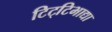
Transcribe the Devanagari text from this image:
टिट्‌टिभाद्या